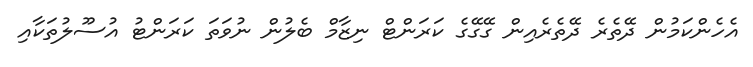
އެހެންކަމުން ދޭތެރެ ދޭތެރެއިން ގޭގޭގެ ކަަރަންޓް ނިޒާމް ބެލުން ނުވަތަ ކަރަންޓު އުސޫލުތަކާއި